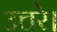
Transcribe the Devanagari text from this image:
उत्तरे।